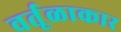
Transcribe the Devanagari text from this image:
वर्तूळाकार